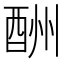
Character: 酬